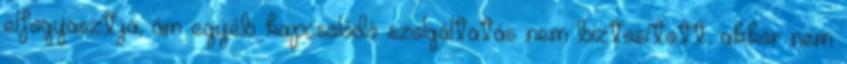
elfogyasztja, ám egyéb kapcsolódó szolgáltatás nem biztosított, akkor nem